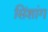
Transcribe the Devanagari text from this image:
सिंशांग